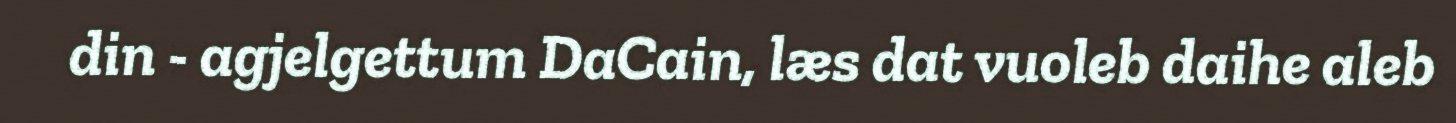
din - agjelgettum DaCain, læs dat vuoleb daihe aleb